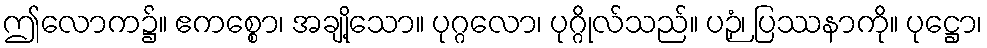
ဤလောက၌။ ဧကစ္စော၊ အချို့သော။ ပုဂ္ဂလော၊ ပုဂ္ဂိုလ်သည်။ ပဉှံ၊ ပြဿနာကို။ ပုဋ္ဌော၊